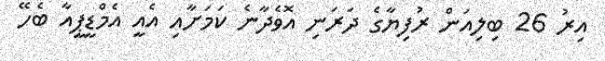
އިރު 26 ބިލިއަން ރުފިޔާގެ ދަރަނި އޮވެދާނެ ކަމަށާއި އެއީ އެމްޑީޕީއާ ބެހޭ